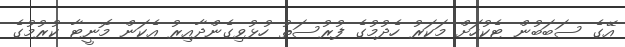
އޭގެ ސަބަބުން ޓެކުހަށް މަކަރު ހެދުމުގެ ފުރުސަތު ހުޅުވިގެންދާއިރު އެކަން މޮނީޓާ ކުރުމުގެ